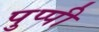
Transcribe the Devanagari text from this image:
पुप्पी